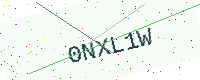
Text: 0NXL1W